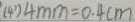
( 4 ) 4 m m = 0 . 4 c m